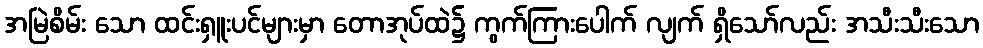
အမြဲစိမ်း သော ထင်းရှူးပင်များမှာ တောအုပ်ထဲ၌ ကွက်ကြားပေါက် လျက် ရှိသော်လည်း အသီးသီးသော